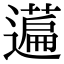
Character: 𬞤